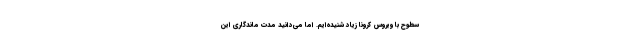
سطوح با ویروس کرونا زیاد شنیده‌ایم. اما می‌دانید مدت ماندگاری این